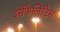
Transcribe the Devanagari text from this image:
इंसेफैलिटिस